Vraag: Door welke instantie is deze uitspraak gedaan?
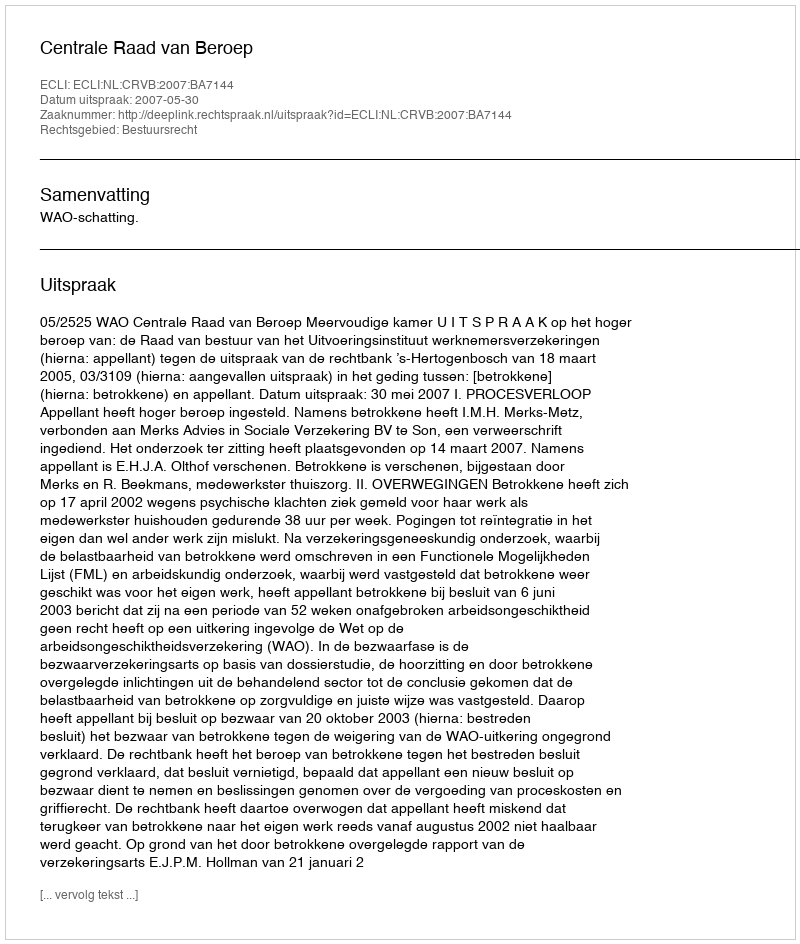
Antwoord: Centrale Raad van Beroep